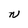
Character: N